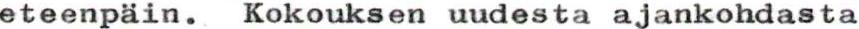
eteenpäin. Kokouksen uudesta ajankohdasta